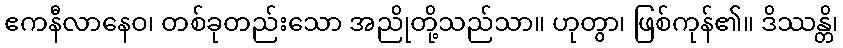
ဧကနီလာနေဝ၊ တစ်ခုတည်းသော အညိုတို့သည်သာ။ ဟုတွာ၊ ဖြစ်ကုန်၏။ ဒိဿန္တိ၊